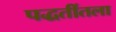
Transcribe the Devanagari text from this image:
पद्धतींतला